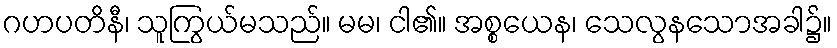
ဂဟပတိနီ၊ သူကြွယ်မသည်။ မမ၊ ငါ၏။ အစ္စယေန၊ သေလွနသောအခါ၌။